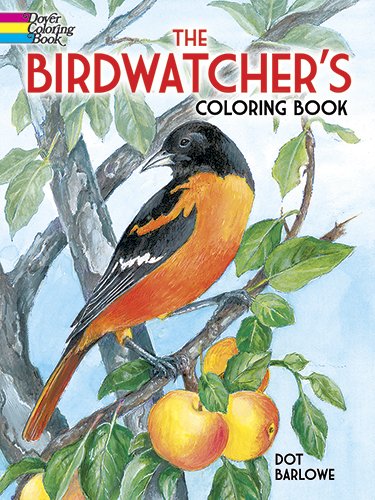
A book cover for The Birdwatcher's Coloring Book (Dover Nature Coloring Book); Dot Barlowe; Children's Books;